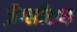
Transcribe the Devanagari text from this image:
ज़ैग्लॉसस